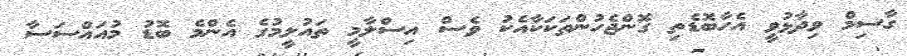
ގާސިމް ވިދާޅުވީ އެހާބޮޑެތި ގޮންޖެހުންތަކަކާއެކު ވެސް އިސްލާމީ ތައުލީމުގެ އެންމެ ބޮޑު މުއައްސަސާ